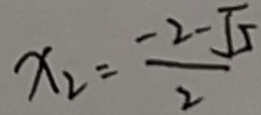
x _ { 2 } = \frac { - 2 - \sqrt { 5 } } { 2 }